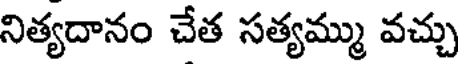
నిత్యదానం చేత సత్యమ్ము వచ్చు